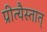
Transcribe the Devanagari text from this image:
प्रीत्यैस्तात्